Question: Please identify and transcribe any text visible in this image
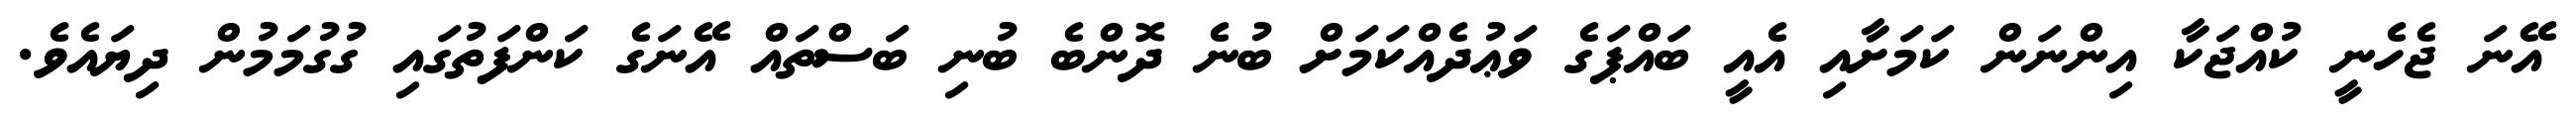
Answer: އޭނަ ޖެހެނީ ކުއްޖަކާ އިންނަން ކަމަށާއި އެއީ ބައްޕަގެ ވަޢުދެއްކަމަށް ބުނެ ދޮންބެ ބުނި ބަސްތައް އޭނަގެ ކަންފަތުގައި ގުގުމަމުން ދިޔައެވެ.